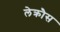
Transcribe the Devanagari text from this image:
लेक्रौस